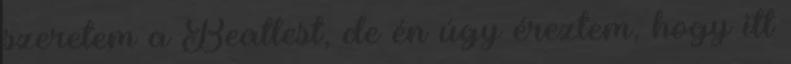
szeretem a Beatlest, de én úgy éreztem, hogy itt